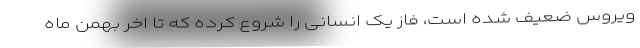
ویروس ضعیف شده است، فاز یک انسانی را شروع کرده که تا اخر بهمن ماه